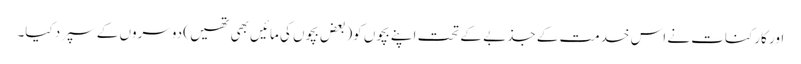
اور کارکنات نے اس خدمت کے جذبے کے تحت اپنے بچوں کو(بعض بچوں کی مائیں بھی تھیں ) دوسروں کے سپرد کیا۔